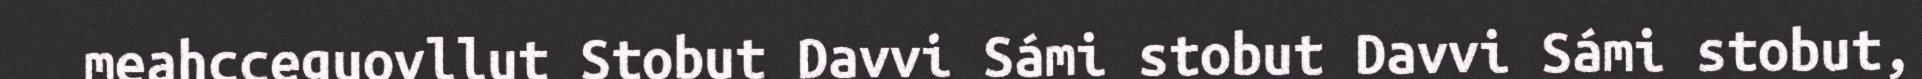
meahcceguovllut Stobut Davvi Sámi stobut Davvi Sámi stobut,